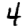
Digit: 4